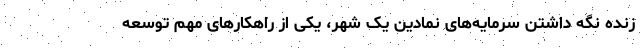
زنده نگه داشتن سرمایه‌های نمادین یک شهر، یکی از راهکارهای مهم توسعه